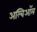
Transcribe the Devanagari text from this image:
अल्बिऑल